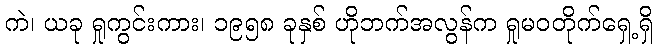
ကဲ၊ ယခု ရှုကွင်းကား၊ ၁၉၅၈ ခုနှစ် ဟိုဘက်အလွန်က ရှုမဝတိုက်ရှေ့ရှိ